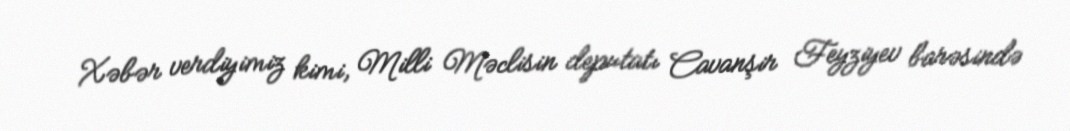
Xəbər verdiyimiz kimi, Milli Məclisin deputatı Cavanşir Feyziyev barəsində